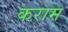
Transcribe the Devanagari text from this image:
कराम